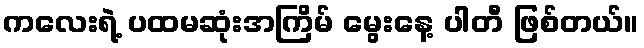
ကလေးရဲ့ ပထမဆုံးအကြိမ် မွေးနေ့ ပါတီ ဖြစ်တယ်။